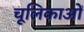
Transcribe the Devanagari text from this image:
चूलिकाओं